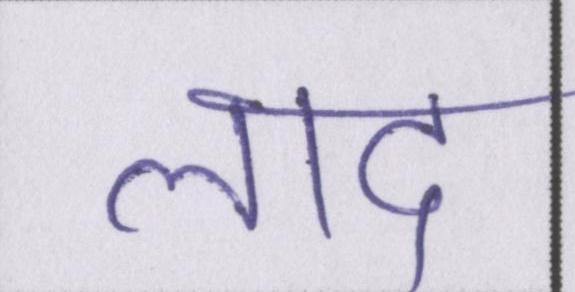
लाद